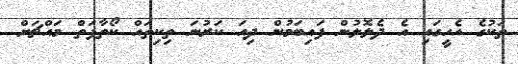
ތަކުގެ އެހީގައި އެ ދެލޮލުން ފައިބަމުން ދިއަ ކަރުނަ ތިކިތައް ކޯތާފަތް މައްޗަށް